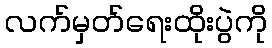
လက်မှတ်ရေးထိုးပွဲကို